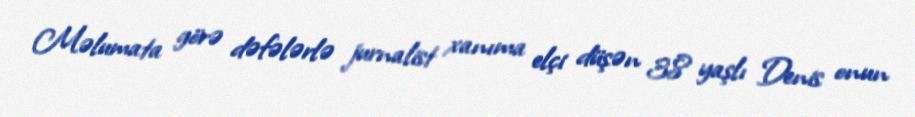
Məlumata görə dəfələrlə jurnalist xanıma elçi düşən 38 yaşlı Denis onun